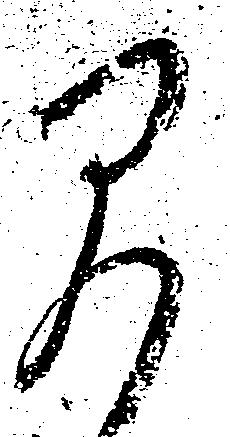
早